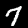
Label: 7